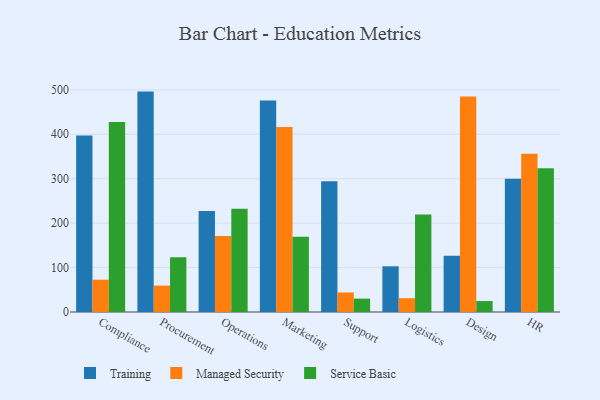
{"axis": {"x": "Department", "y": "Market Share (%)"}, "legend": ["Managed Security", "Service Basic", "Training"], "data": [{"x": "Compliance", "y": 397.4, "type": "Training"}, {"x": "Compliance", "y": 72.7, "type": "Managed Security"}, {"x": "Compliance", "y": 427.8, "type": "Service Basic"}, {"x": "Procurement", "y": 496.1, "type": "Training"}, {"x": "Procurement", "y": 59.4, "type": "Managed Security"}, {"x": "Procurement", "y": 123.2, "type": "Service Basic"}, {"x": "Operations", "y": 227.6, "type": "Training"}, {"x": "Operations", "y": 171.2, "type": "Managed Security"}, {"x": "Operations", "y": 232.2, "type": "Service Basic"}, {"x": "Marketing", "y": 476.1, "type": "Training"}, {"x": "Marketing", "y": 416.4, "type": "Managed Security"}, {"x": "Marketing", "y": 169.2, "type": "Service Basic"}, {"x": "Support", "y": 294.4, "type": "Training"}, {"x": "Support", "y": 44.0, "type": "Managed Security"}, {"x": "Support", "y": 30.1, "type": "Service Basic"}, {"x": "Logistics", "y": 102.9, "type": "Training"}, {"x": "Logistics", "y": 31.1, "type": "Managed Security"}, {"x": "Logistics", "y": 219.2, "type": "Service Basic"}, {"x": "Design", "y": 126.5, "type": "Training"}, {"x": "Design", "y": 485.1, "type": "Managed Security"}, {"x": "Design", "y": 24.6, "type": "Service Basic"}, {"x": "HR", "y": 300.2, "type": "Training"}, {"x": "HR", "y": 356.0, "type": "Managed Security"}, {"x": "HR", "y": 323.5, "type": "Service Basic"}]}